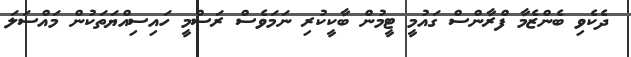
ދެކެވި ބެންޒެމާ ފްރާންސް ގައުމީ ޓީމުން ބާކީކުރި ނަަމަވެސް ރަސްމީ ހައިސިއްޔަތަކުން މައްސަލަ